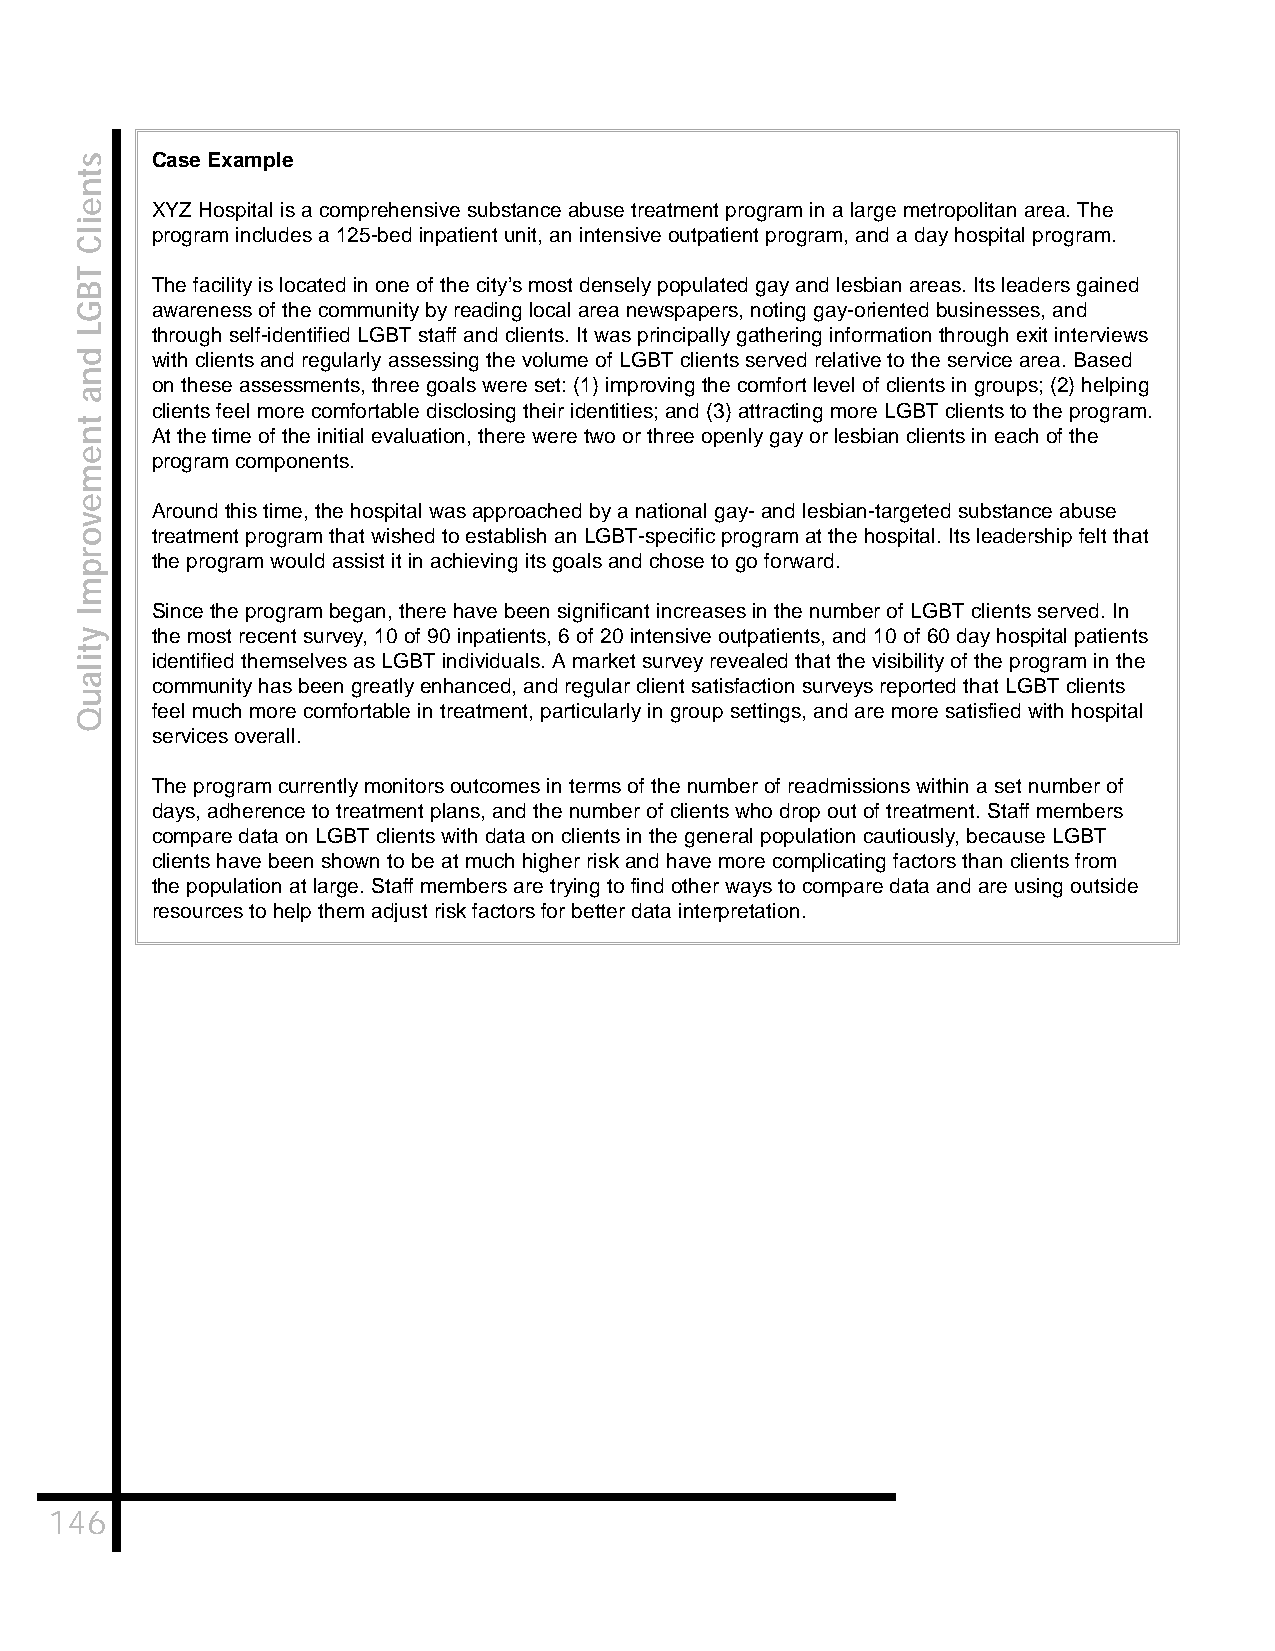
Case Example
 XYZ Hospital is a comprehensive substance abuse treatment program in a large metropolitan area. The
 program includes a 125-bed inpatient unit, an intensive outpatient program, and a day hospital program.
 The facility is located in one of the city’s most densely populated gay and lesbian areas. Its leaders gained
 awareness of the community by reading local area newspapers, noting gay-oriented businesses, and
 through self-identified LGBT staff and clients. It was principally gathering information through exit interviews
 with clients and regularly assessing the volume of LGBT clients served relative to the service area. Based
 on these assessments, three goals were set: (1) improving the comfort level of clients in groups; (2) helping
 clients feel more comfortable disclosing their identities; and (3) attracting more LGBT clients to the program.
 At the time of the initial evaluation, there were two or three openly gay or lesbian clients in each of the
 program components.
 Around this time, the hospital was approached by a national gay- and lesbian-targeted substance abuse
 treatment program that wished to establish an LGBT-specific program at the hospital. Its leadership felt that
 the program would assist it in achieving its goals and chose to go forward.
 Since the program began, there have been significant increases in the number of LGBT clients served. In
 the most recent survey, 10 of 90 inpatients, 6 of 20 intensive outpatients, and 10 of 60 day hospital patients
 identified themselves as LGBT individuals. A market survey revealed that the visibility of the program in the
 community has been greatly enhanced, and regular client satisfaction surveys reported that LGBT clients
 feel much more comfortable in treatment, particularly in group settings, and are more satisfied with hospital
 services overall.
 The program currently monitors outcomes in terms of the number of readmissions within a set number of
 days, adherence to treatment plans, and the number of clients who drop out of treatment. Staff members
 compare data on LGBT clients with data on clients in the general population cautiously, because LGBT
 clients have been shown to be at much higher risk and have more complicating factors than clients from
 the population at large. Staff members are trying to find other ways to compare data and are using outside
 resources to help them adjust risk factors for better data interpretation.
 146
 stneilC
 TBGL
 dna
 tnemevorpmI
 ytilauQ